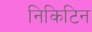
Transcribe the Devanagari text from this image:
निकिटिन